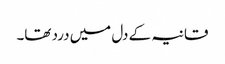
قانیہ کے دل میں درد تھا۔